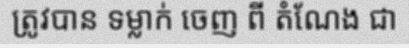
ត្រូវបាន ទម្លាក់ ចេញ ពី តំណែង ជា